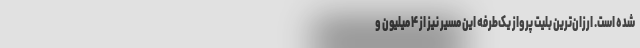
شده است. ارزان‌ترین بلیت پرواز یک‌طرفه این مسیر نیز از ۴ میلیون و